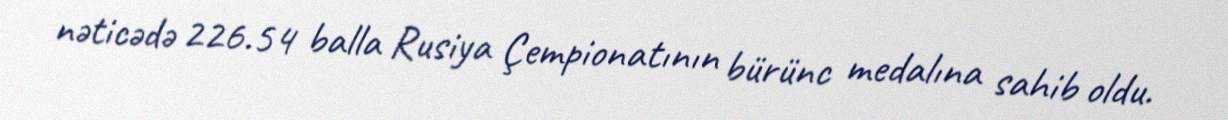
nəticədə 226.54 balla Rusiya Çempionatının bürünc medalına sahib oldu.